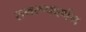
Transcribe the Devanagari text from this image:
रामरूपवर्णन